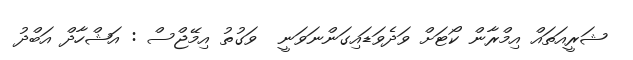
ޝަރީއަތައް އިމްރާން ކޯޓަށް ވަދެވަޑައިގަންނަވަނީ  ވަގުތު އިމޭޖްސް : އަޝްހާދް އަބްދު